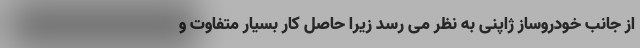
از جانب خودروساز ژاپنی به نظر می رسد زیرا حاصل کار بسیار متفاوت و